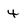
Character: 4